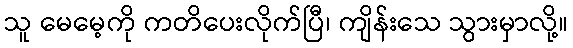
သူ မေမေ့ကို ကတိပေးလိုက်ပြီ၊ ကျိန်းသေ သွားမှာလို့။